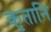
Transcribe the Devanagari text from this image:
कृतानि